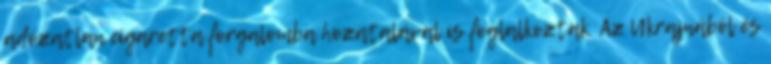
adózatlan cigaretta forgalomba hozatalával is foglalkoztak. Az Ukrajnából és